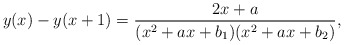
\begin{align*}y(x)-y(x+1)=\frac{2x+a}{(x^2+a x+b_1)(x^2+a x+b_2)},\end{align*}